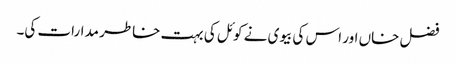
فضل خاں اور اس کی بیوی نے کوئل کی بہت خاطر مدارات کی۔